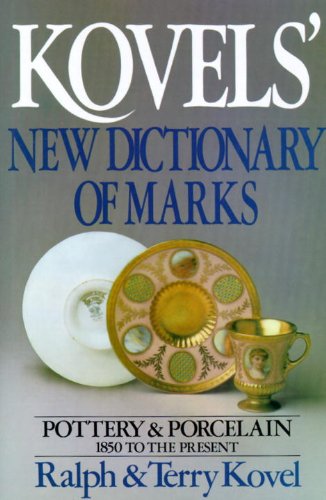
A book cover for Kovels' New Dictionary of Marks: Pottery and Porcelain, 1850 to the Present; Ralph Kovel; Crafts, Hobbies & Home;